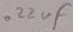
Text: .22uF